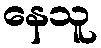
နေသူ